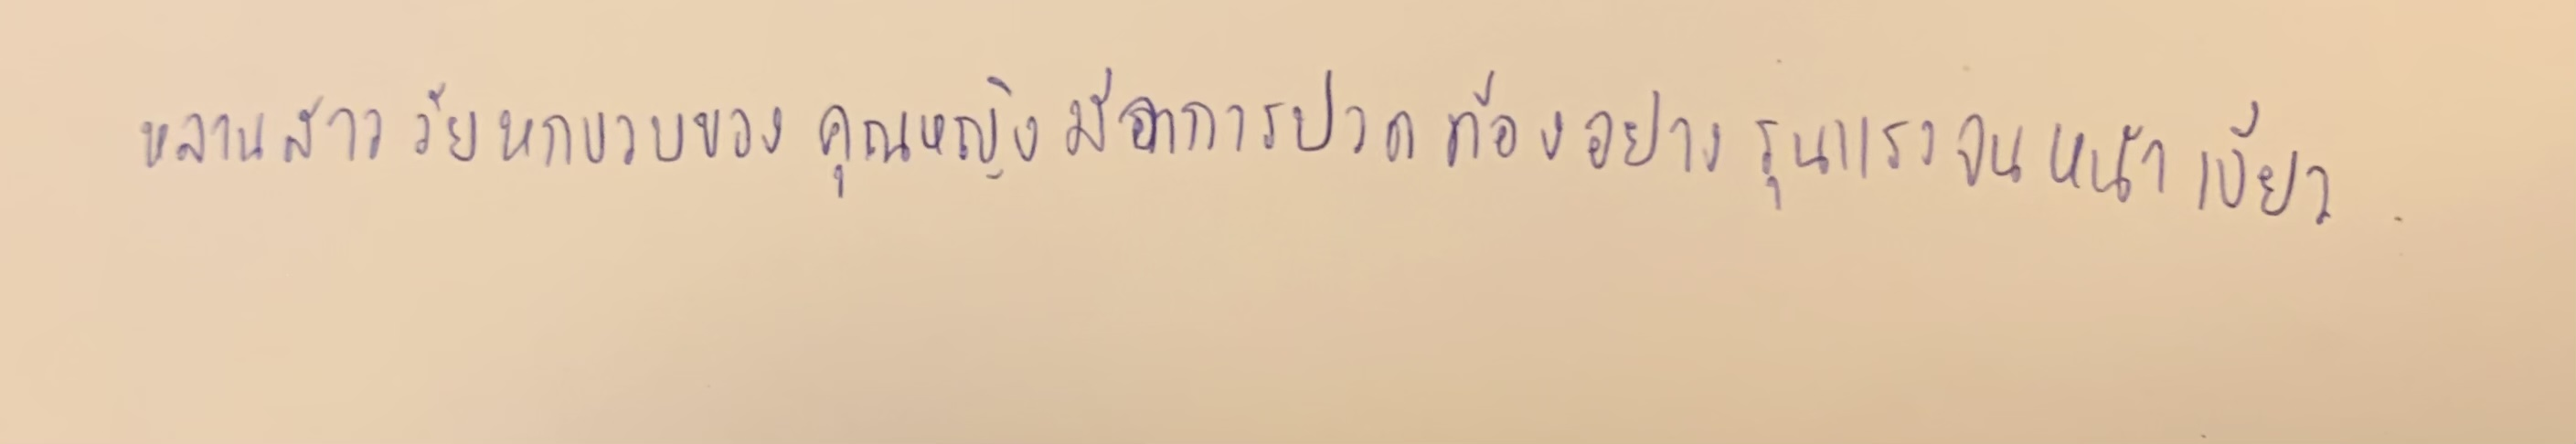
หลานสาววัยหกขวบของคุณหญิงมีอาการปวดท้องอย่างรุนแรงจนหน้าเขียว